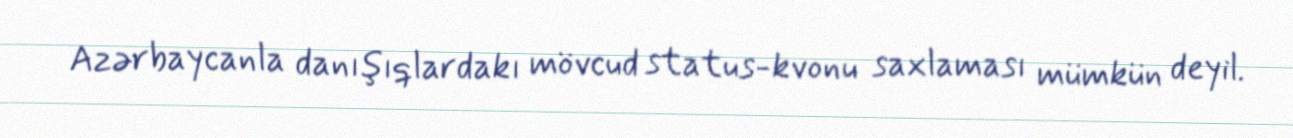
Azərbaycanla danışıqlardakı mövcud status-kvonu saxlaması mümkün deyil.